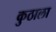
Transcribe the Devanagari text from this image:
कुठाला